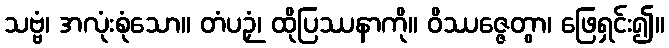
သဗ္ဗံ၊ အလုံးစုံသော။ တံပဉှံ၊ ထိုပြဿနာကို။ ဝိဿဇ္ဇေတွာ၊ ဖြေရှင်း၍။